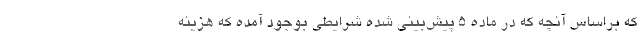
که براساس آنچه که در ماده ۵ پیش‌بینی شده شرایطی بوجود آمده که هزینه